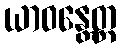
ယာဝန္တေတ္ထ